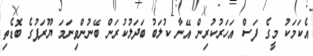
އެކަމަކު މީގެ ފަސް އަހަރުކުރިން އޭނާ ކުލަބު ބަދަލުކުރަން ބޭނުންވިނަމަ ޔޫރަޕުގެ ބޮޑެތި